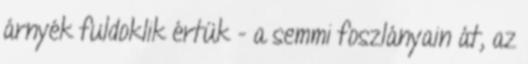
árnyék fuldoklik értük - a semmi foszlányain át, az